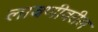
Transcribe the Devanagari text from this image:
लावणीवरील